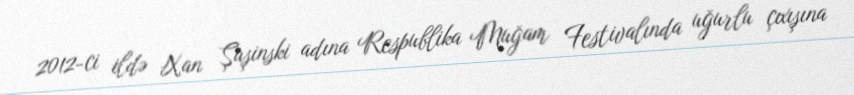
2012-ci ildə Xan Şuşinski adına Respublika Muğam Festivalında uğurlu çıxışına